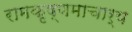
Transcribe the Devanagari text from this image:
रामकृष्णमाचार्य